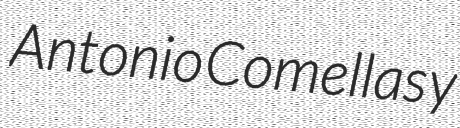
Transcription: Antonio Comellas y